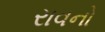
રાવનો